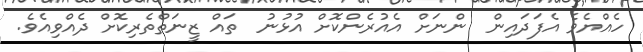
ހެއްޔެވެެ އެފަދައިން  ންނަށް އެއުރެންކޮށް އުޅުނު  ތައް ޒީނަތްތެރިކޮށް ދެއްވިއެވެ.